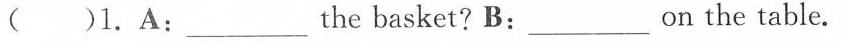
()1.A:___the basket? B:___ on the table.